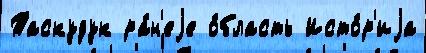
Таскудук ра́н'еjе о́бласть Исто́р'иjа